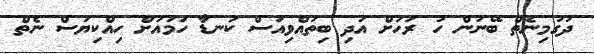
ދުގުމިނެތް ބޭނުން ހު ރަހަށް އަދި ބިތައްވިއަސް ކަނޑާ ހަމައަށް ހިއްކިޔަސް ނެތް